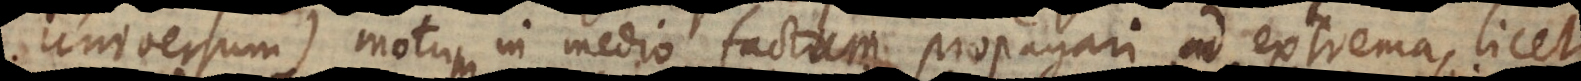
universum) motum in medio factum propagari ad extrema, licet